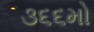
૩૬૬મો